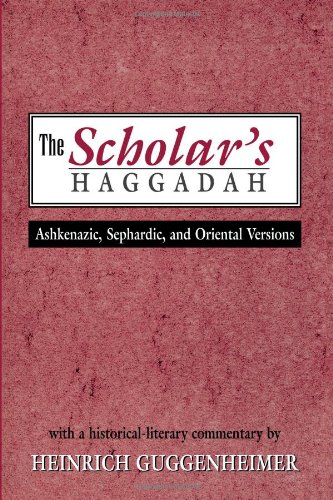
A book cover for The Scholar's Haggadah: Ashkenazic, Sephardic, and Oriental Versions; Heinrich W. Guggenheimer; Religion & Spirituality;